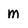
Character: M